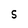
Character: 5